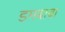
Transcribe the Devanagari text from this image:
डमबाबा